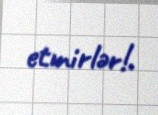
etmirlər!.